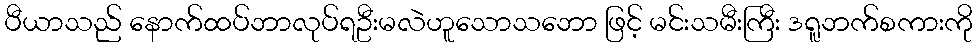
ပီယာသည် နောက်ထပ်ဘာလုပ်ရဦးမလဲဟူသောသဘော ဖြင့် မင်းသမီးကြီး ဒရူဘက်စကားကို